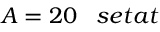
A = 2 0 \; \; \; s e t a t